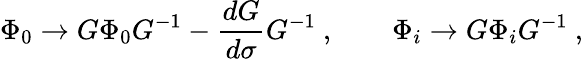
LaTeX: \Phi_{0}\to G\Phi_{0}G^{-1}-{\frac{dG}{d\sigma}}G^{-1}\ ,\qquad\Phi_{i}\to G\Phi_{i}G^{-1}\ ,